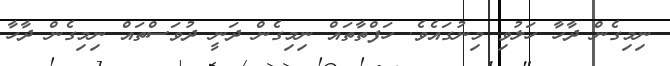
ނިމިގެން ދާހާ ހަލުވި މިނުގައެވެ. ހަފްތާތައް ނިމިގެން ދަނީ ދުވަސްތައް ނިމިގެން ދާހާ